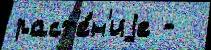
раст'е́н'иjе -